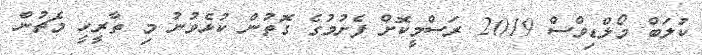
ކުލަބް މޯލްޑިވްސް 2019 ރަސްމީކޮށް ފެށުމުގެ ގޮތުން ކުޅެވުނު މި ތާރީހީ މެޗުން